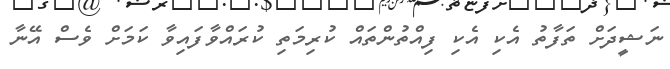
ނަޝީދަށް ތަފާތު އެކި އެކި ފިއްތުންތައް ކުރިމަތި ކުރައްވާފައިވާ ކަމަށް ވެސް އޭނާ